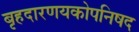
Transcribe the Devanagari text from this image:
बृहदारणयकोपनिषद